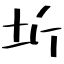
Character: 圻